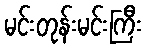
မင်းတုန်းမင်းကြီး